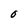
Character: O